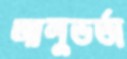
আলুভর্তা